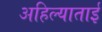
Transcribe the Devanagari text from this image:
अहिल्याताई